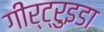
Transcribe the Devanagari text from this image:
गीर्ट्रुइडा